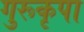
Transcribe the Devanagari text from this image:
गुरूकृपा